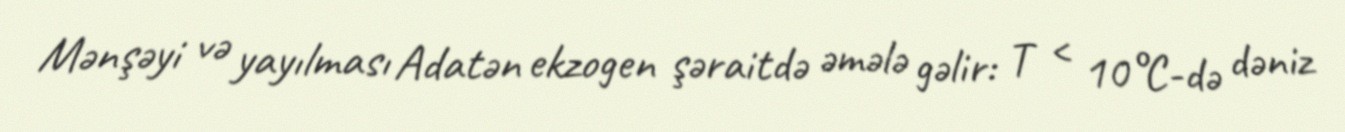
Mənşəyi və yayılması Adatən ekzogen şəraitdə əmələ gəlir: T < 10°C-də dəniz